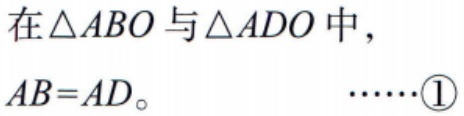
在\(\triangle ABO\)与\(\triangle ADO\)中，

\(AB = AD\)。  \(\cdots\cdots\textcircled{1}\)